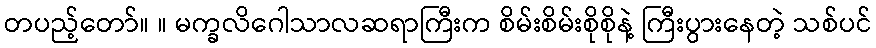
တပည့်တော်။ ။ မက္ခလိဂေါသာလဆရာကြီးက စိမ်းစိမ်းစိုစိုနဲ့ ကြီးပွားနေတဲ့ သစ်ပင်